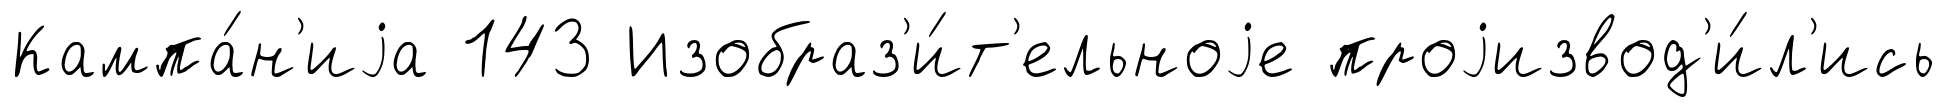
Кампа́н'иjа 143 Изобраз'и́т'ельноjе проjизвод'и́л'ись